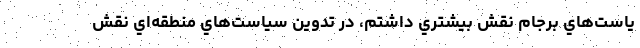
ياست‌هاي برجام نقش بيشتري داشتم، در تدوين سياست‌هاي منطقه‌اي نقش